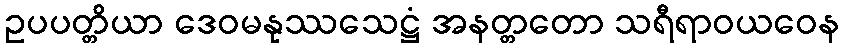
ဥပပတ္တိယာ ဒေဝမနုဿသေဋ္ဌံ အနတ္တတော သရီရာဝယဝေန